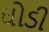
ઘોડી